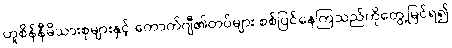
ဟူစိန်နီမိသားစုများနှင့် ကောက်ဂျီ၏တပ်များ စစ်ပြင်နေကြသည်ကိုတွေ့မြင်ရ၍